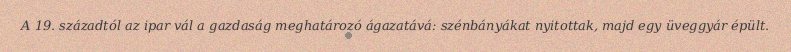
A 19. századtól az ipar vál a gazdaság meghatározó ágazatává: szénbányákat nyitottak, majd egy üveggyár épült.